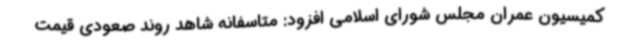
کمیسیون عمران مجلس شورای اسلامی افزود: متاسفانه شاهد روند صعودی قیمت